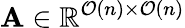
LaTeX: \mathbf{A}\in\mathbb{R}^{\mathcal{O}(n)\times\mathcal{O}(n)}